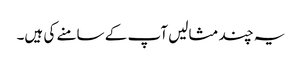
یہ چند مثالیں آپ کے سامنے کی ہیں۔